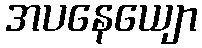
အပနေယျော